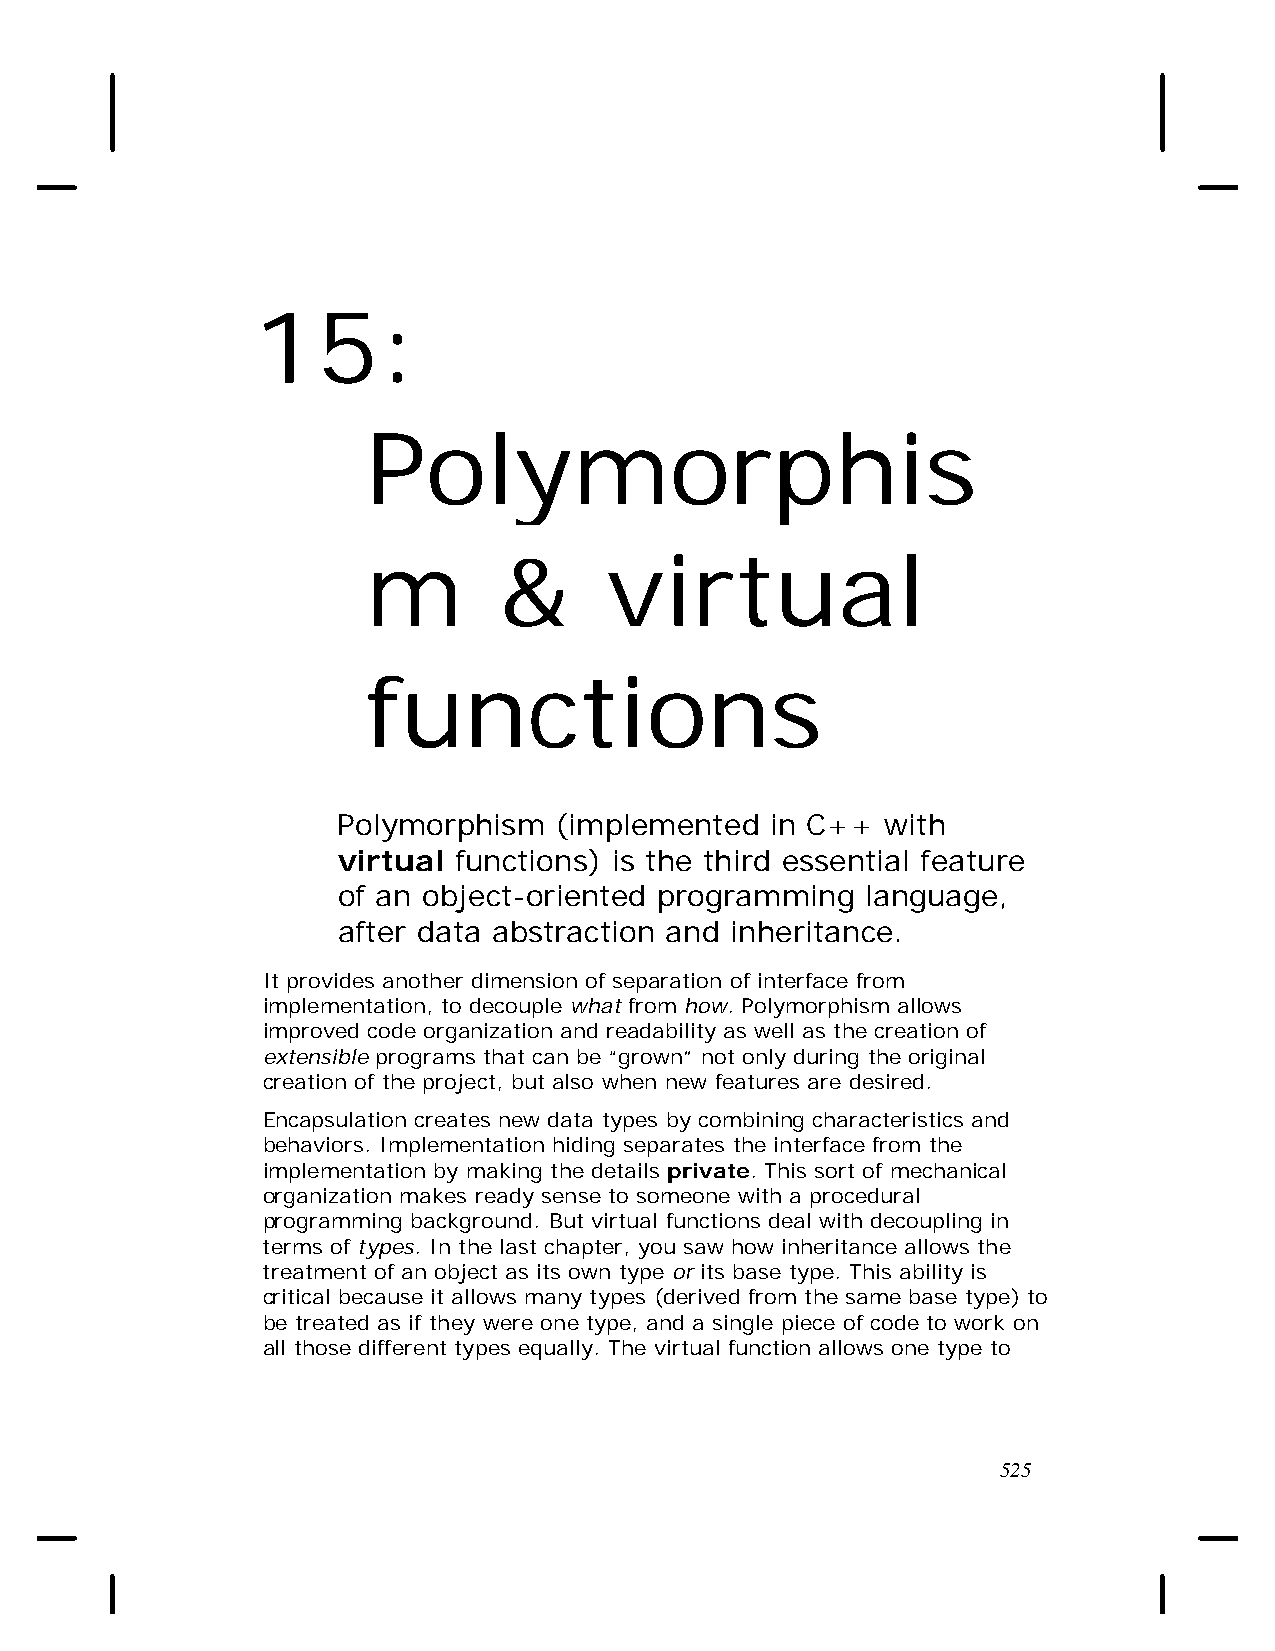
15:
 Polymorphis
 m        &      virtual
 functions
 Polymorphism   (implemented  in C++  with
 virtual functions) is the third essential feature
 of an object-oriented programming  language,
 after data abstraction and inheritance.
 It provides another dimension of separation of interface from
 implementation, to decouple what from how. Polymorphism allows
 improved code organization and readability as well as the creation of
 extensible programs that can be “grown” not only during the original
 creation of the project, but also when new features are desired.
 Encapsulation creates new data types by combining characteristics and
 behaviors. Implementation hiding separates the interface from the
 implementation by making the details private. This sort of mechanical
 organization makes ready sense to someone with a procedural
 programming background. But virtual functions deal with decoupling in
 terms of types. In the last chapter, you saw how inheritance allows the
 treatment of an object as its own type or its base type. This ability is
 critical because it allows many types (derived from the same base type) to
 be treated as if they were one type, and a single piece of code to work on
 all those different types equally. The virtual function allows one type to
 525